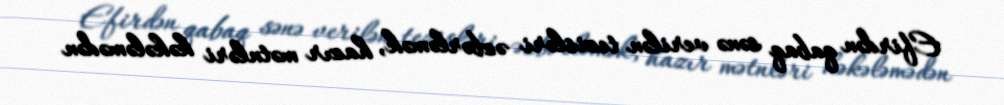
Efirdən qabaq sənə verilən tezisləri əzbərləmək, hazır mətnləri kəkələmədən